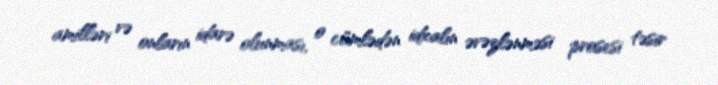
amilləri və onların idarə olunması, o cümlədən idxalın əvəzlənməsi prosesi təsir